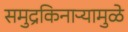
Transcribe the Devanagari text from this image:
समुद्रकिनाऱ्यामुळे